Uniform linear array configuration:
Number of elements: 32
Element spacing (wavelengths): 0.75
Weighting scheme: exponential
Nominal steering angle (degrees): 0
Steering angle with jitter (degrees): -0.03272
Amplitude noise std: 0.05
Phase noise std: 0.05

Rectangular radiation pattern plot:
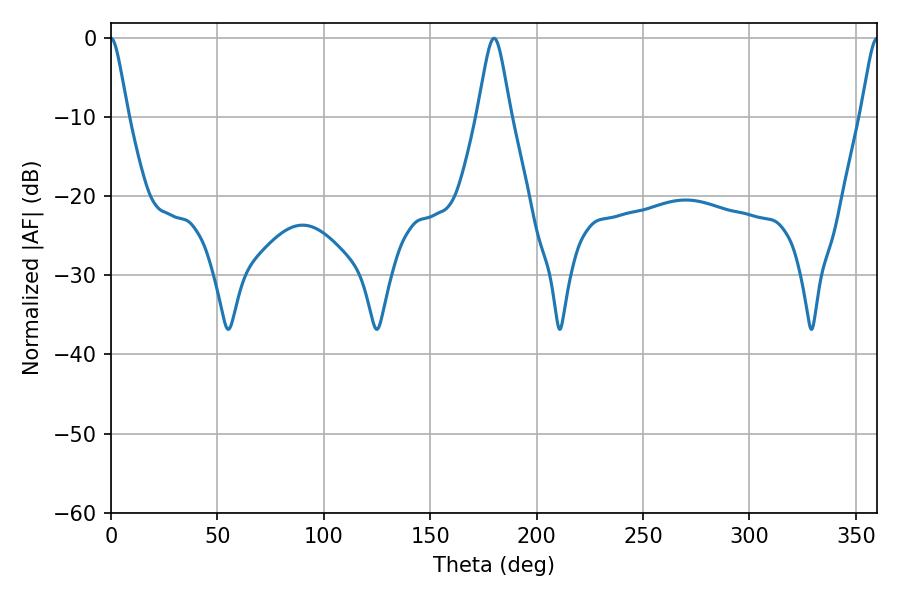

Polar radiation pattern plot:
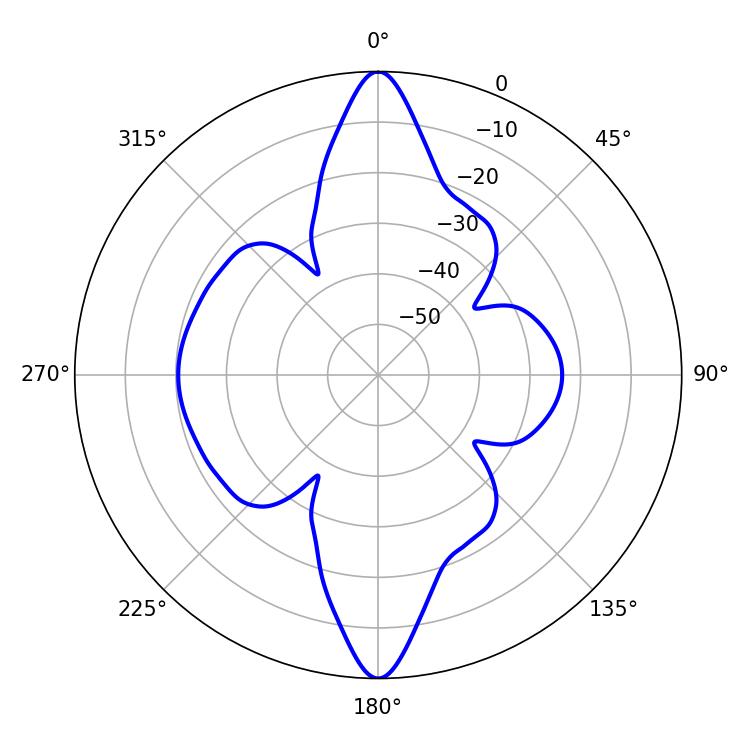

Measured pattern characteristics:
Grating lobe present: TRUE
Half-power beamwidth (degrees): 3.78
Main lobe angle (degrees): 0